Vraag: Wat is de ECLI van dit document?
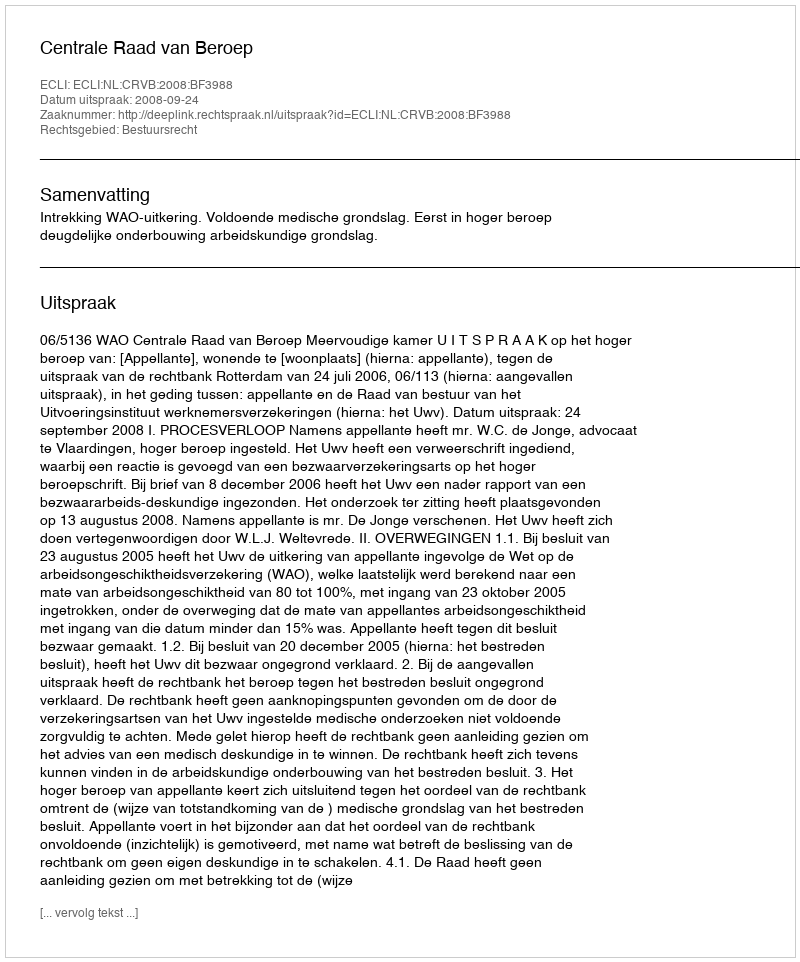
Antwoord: ECLI:NL:CRVB:2008:BF3988